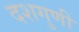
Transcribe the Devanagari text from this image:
दशगुणी